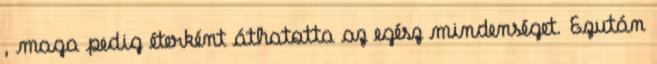
, maga pedig éterként áthatotta az egész mindenséget. Ezután